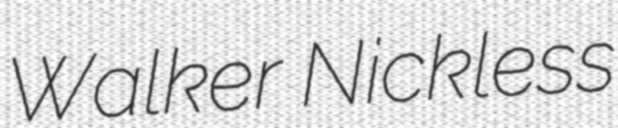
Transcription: Walker Nickless